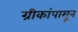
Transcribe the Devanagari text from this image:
ग्रीकांपासून